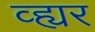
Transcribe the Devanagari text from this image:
व्ह्यर